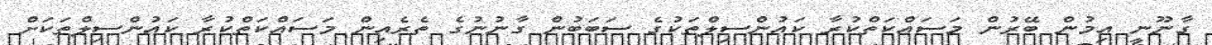
ގާނޫނީ އިމުން ބޭރުން މަސައްކަތްކުރާ ކައުންސިލްތަކުގެ ސަބަބުން ގާނުނުގެ ތެރެއިން މަސައްކަތްކުރާ ކައުންސިލްތަކަށް